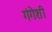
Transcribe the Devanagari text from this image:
गंगेशी